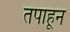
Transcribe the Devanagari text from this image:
तपाहून